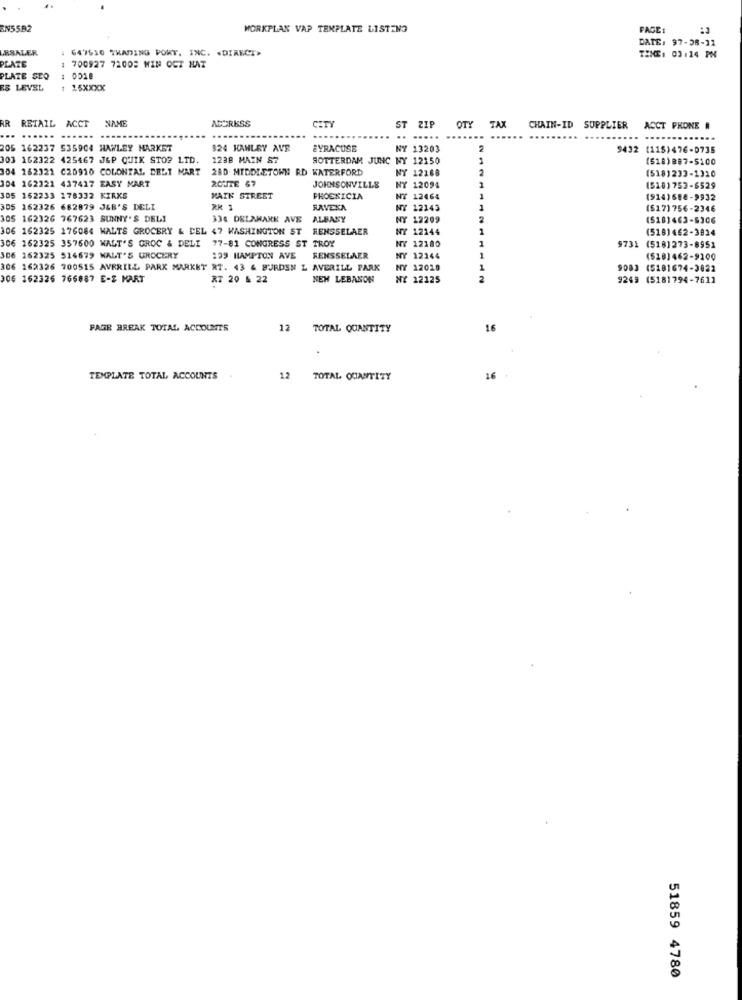
EN55B2
WORKPLAN VAP TEMPLATE LISTENS
PAGE:
DATE: 97-38-11
LESALER
647610 TRADING PORT. INC. «DIRECT>
TIME: 03:14 PM
PLATE
1 700927 72005 WIN OCT HAT
PLATE SEQ
78 LEVEL
1 15XXXX
RR
RETAIL ACCT
ALERESS
CITY
ST ZIP
OTY
TAX
CHAIN-ID
SUPPLIER
ACCT PHONE #
... ......
..
205 162237 535904 HAWLEY MARKET
$24 HANLEY AVR
SYRACUSE
NY 13203
9432 (115)476-0735
303 162322 425467 JSP QUIK STOP LTD.
1238 MAIN ST
ROTTERDAM JUNC NY 12150
(518)887-5100
304 162321 C20910 COLONIAL BELT MART
280 MIDDLETOWN RD WATERFORD
NY 12168
304 162321 437417 EASY MART
ROUTE 67
(518)233-1310
JOHNSONVILLE
NY 12094
(518) 753-6529
305 162233 178332 KIRKS
MAIN STREET
PHOEKICIA
NY 12464
(914)558-9932
305 162326 682879 JEB'S DELI
RK 1
RAVENA
₹ 12143
(517)756-2346
305 162326 767623 SUNNY'S DELI
334 DELAHAKE AVE
ALBANY
NY 12209
(518)463-6306
306 162325 176084 WALTS GROCERY & DEL 47 WASHINGTON ST RENSSELAER
NY 12144
(518)462-3824
306 162325 357600 WALT'S GROC & DELI 77-81 CONGRESS ST TROY
NY 12180
9731 (5181273-8951
306 162325 514679 WALT'S GROCERY
199 HAMPTON AVE
RENSSELAER
NY 12144
(518)462-9100
306 162326 700515 AVERILL PARK MARKET RT. 43 4 BURDEN L AVERILL PARK
NY 12018
9083 (5181674-3022
306 162326 766887 E-Z MART
RT 20 & 22
NEW LEBANON
NY 12125
9249 (5181794-7611
FAGE BREAK TOTAL ACCOUNTS
12
TOTAL QUANTITY
16
TEMPLATE TOTAL ACCOUNTS
12
TOTAL QUANTITY
16
51859 4780